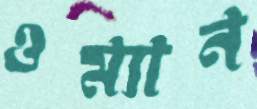
ওম্যান